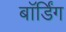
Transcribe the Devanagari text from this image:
बाॅर्डिंग